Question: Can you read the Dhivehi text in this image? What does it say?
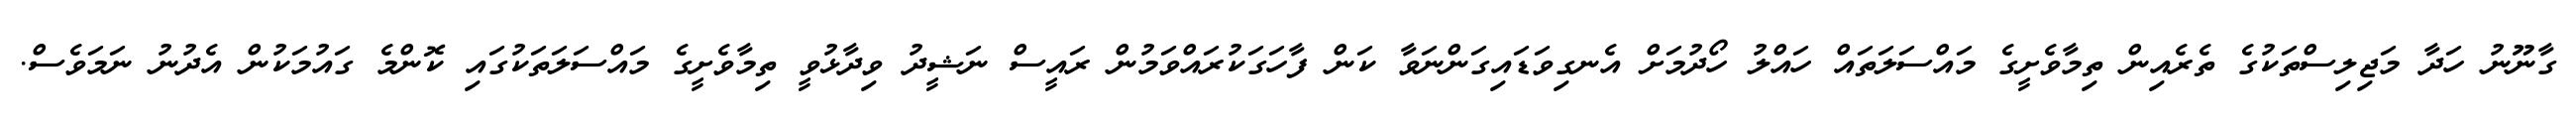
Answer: ގާނޫނު ހަދާ މަޖިލިސްތަކުގެ ތެރެއިން ތިމާވެށީގެ މައްސަލަތައް ހައްލު ހޯދުމަށް އެނގިވަޑައިގަންނަވާ ކަން ފާހަގަކުރައްވަމުން ރައީސް ނަޝީދު ވިދާޅުވީ ތިމާވެށީގެ މައްސަލަތަކުގައި ކޮންމެ ގައުމަކުން އެދުނު ނަމަވެސް.